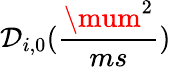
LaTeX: \mathcal{D}_{i,0}(\frac{{\mum^{2}}}{{ms}})